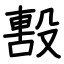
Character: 毄